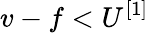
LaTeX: v-f<U^{[1]}